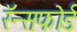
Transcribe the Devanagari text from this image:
रॅन्सफोर्ड